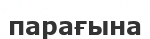
парағына